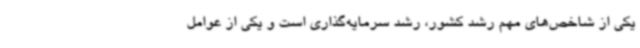
یکی از شاخص‌های مهم رشد کشور، رشد سرمایه‌گذاری است و یکی از عوامل